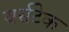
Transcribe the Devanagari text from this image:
वर्सटेक